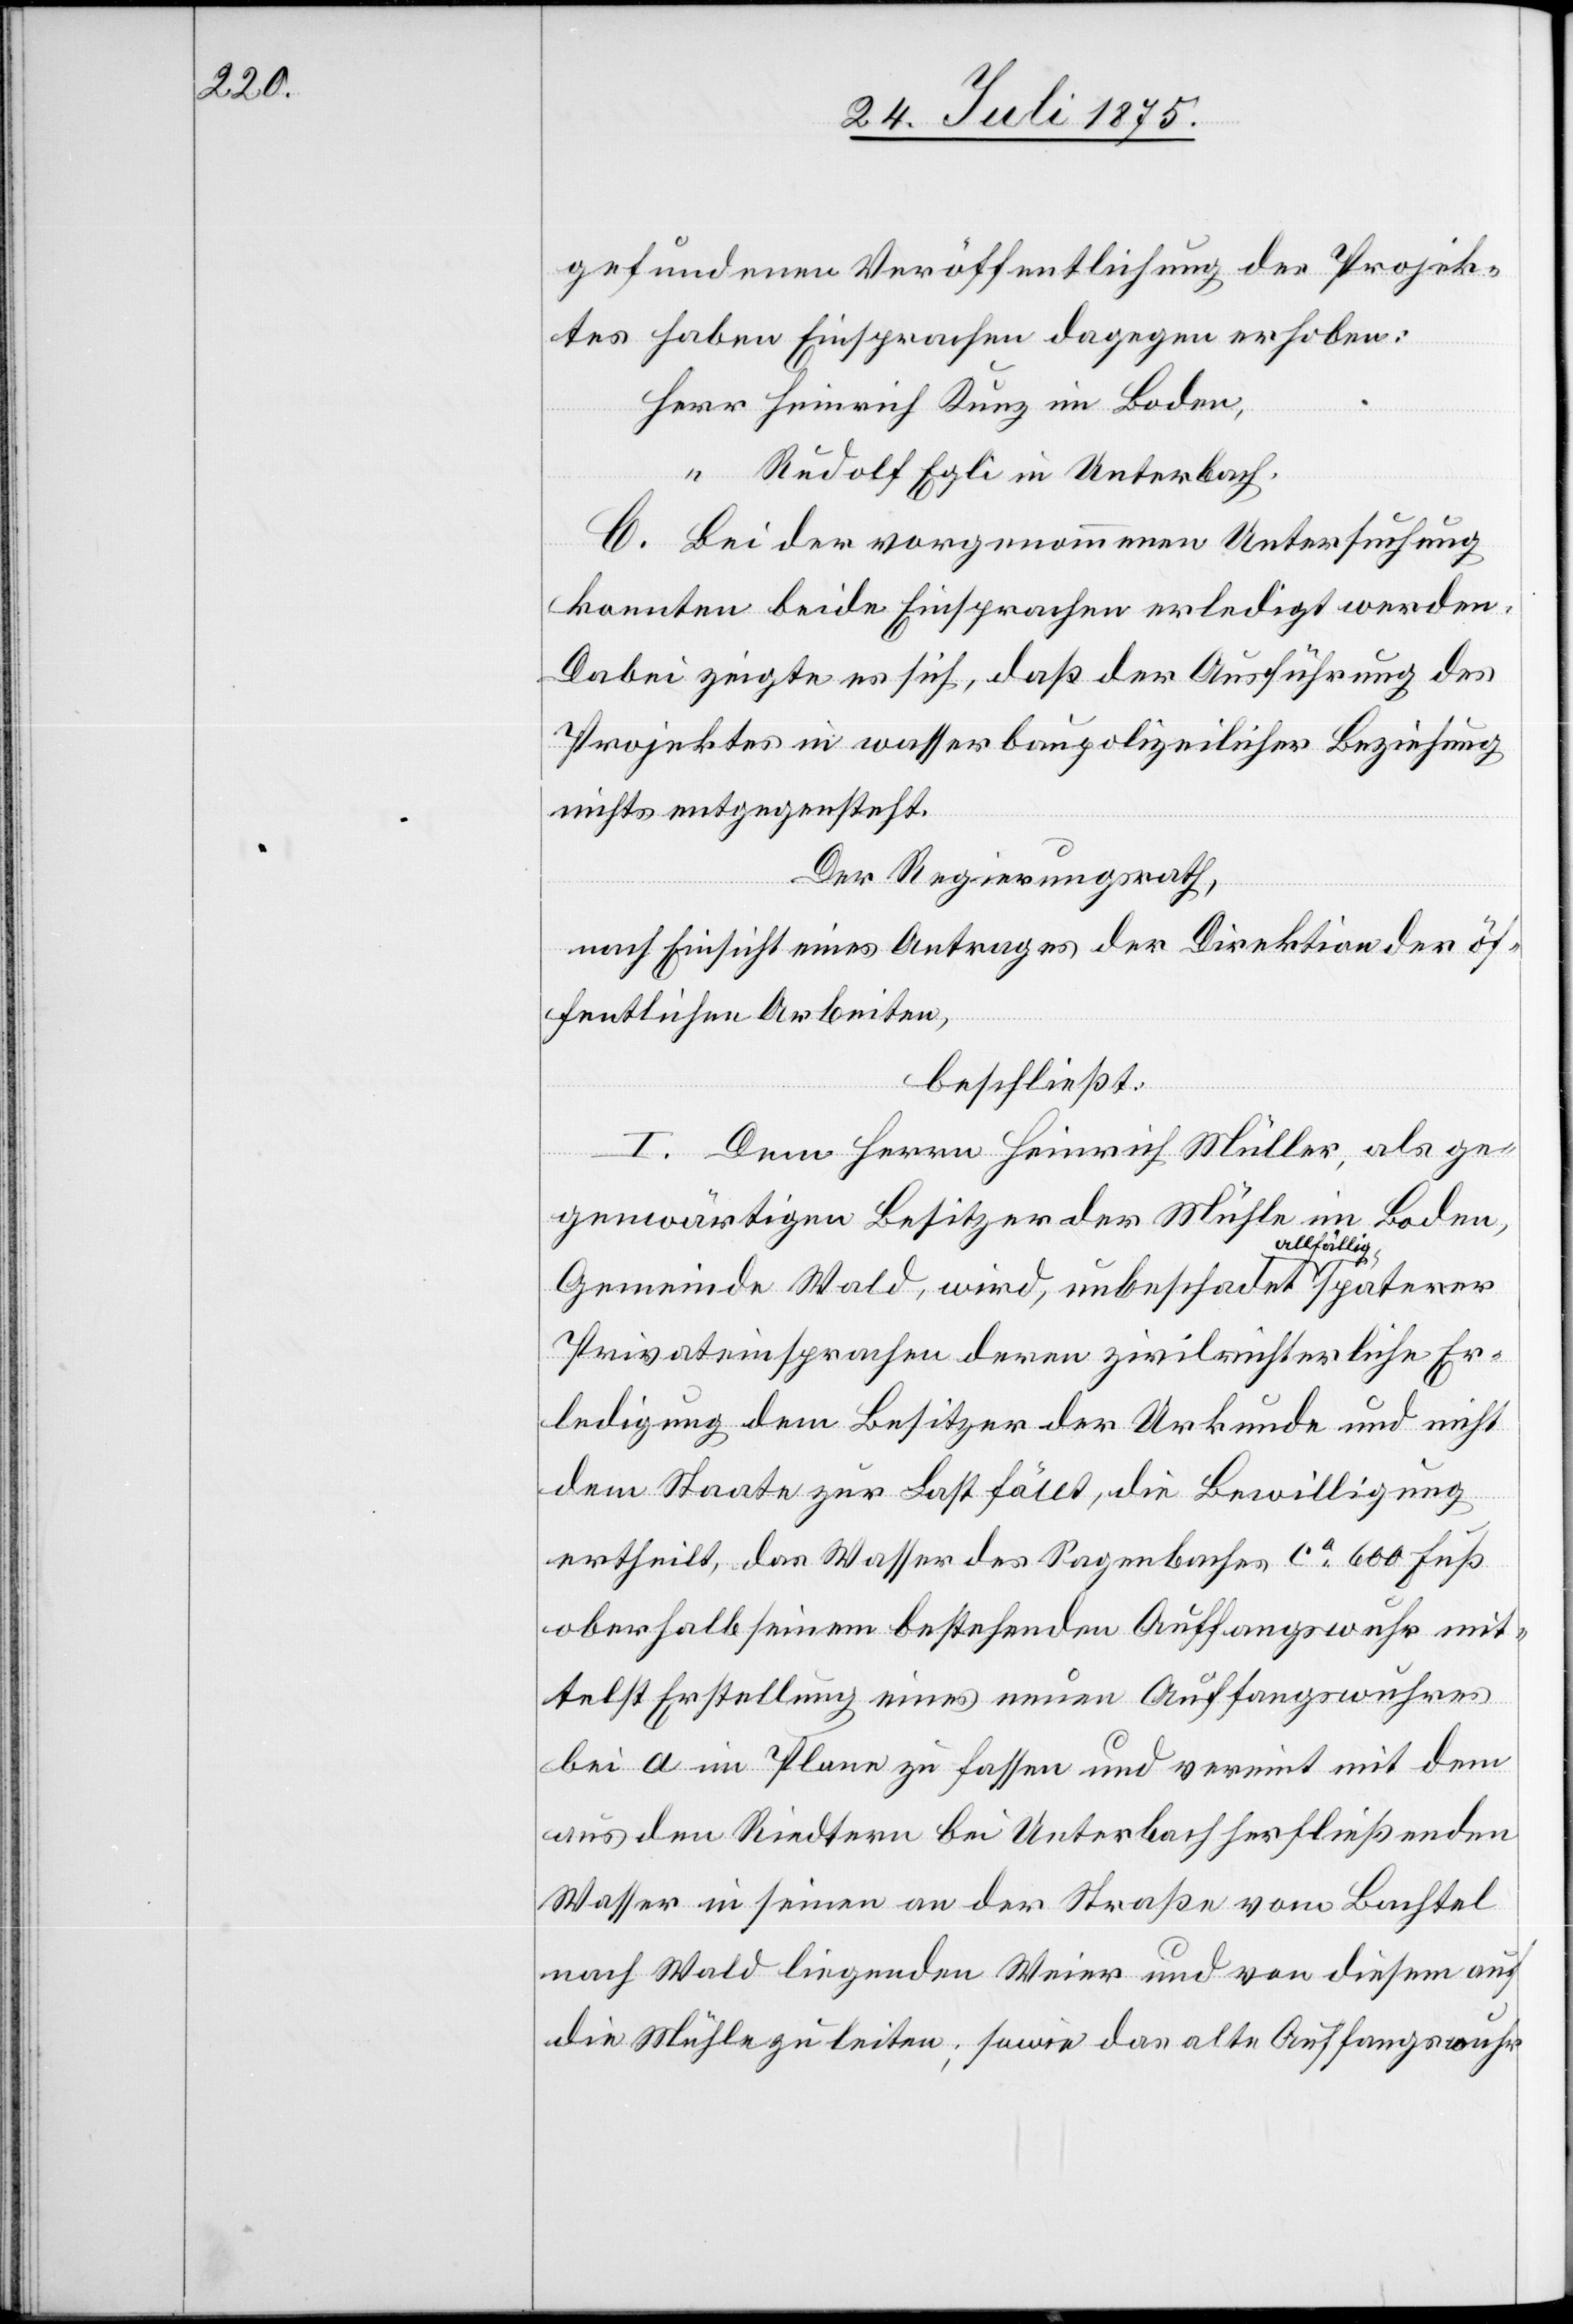
gefundenen Veröffentlichung des Projek¬
tes haben Einsprachen dagegen erhoben:
Herr Heinrich Kunz in Baden,
“ Rudolf Egli in Unterbach.
C. Bei der vorgenommenen Untersuchung
konnten beide Einsprachen erledigt werden.
Dabei zeigte es sich, daß der Ausführung des
Projektes in wasserbaupolizeilicher Beziehung
nichts entgegensteht.
Der Regierungsrath,
nach Einsicht eines Antrages der Direktion der öf¬
fentlichen Arbeiten,
beschließt:
I. Dem Herrn Heinrich Müller, als ge¬
genwärtigen Besitzer der Mühle im Boden,
lfällig
Gemeinde Wald, wird, unbeschadet al¬
Privateinsprachen deren zivilrichterliche Er¬
ledigung dem Besitzer der Urkunde und nicht
dem Staate zur Last fällt, die Bewilligung
ertheilt, das Wasser des Sagenbaches ca 600 Fuß
oberhalb seinem bestehenden Auffangswuhr mit¬
telst Erstellung eines neuen Auffangswuhres
bei a im Plane zu fassen und vereint mit dem
aus den Riedtern bei Unterbach herfließenden
Wasser in seinen an der Straße vom Bachtal
nach Wald liegenden Weier und von diesem auf
die Mühle zu leiten; sowie das alte Auffangswuhr